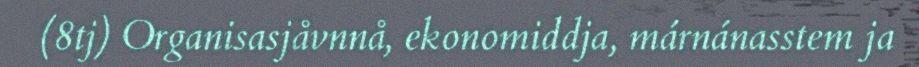
(8tj) Organisasjåvnnå, ekonomiddja, márnánasstem ja